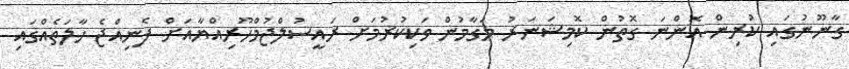
ގާނޫނުގައި ކުރިން އޮންނަ ގޮތުން ކޮމިޝަނަރު މަގާމުން ވަކިކުރުމަށް ރައީސުލްޖުމްހޫރިއްޔާއަށް ފެނިއްޖެ ހާލަތެއްގައި